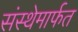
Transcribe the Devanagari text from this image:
संस्‍थेमार्फत